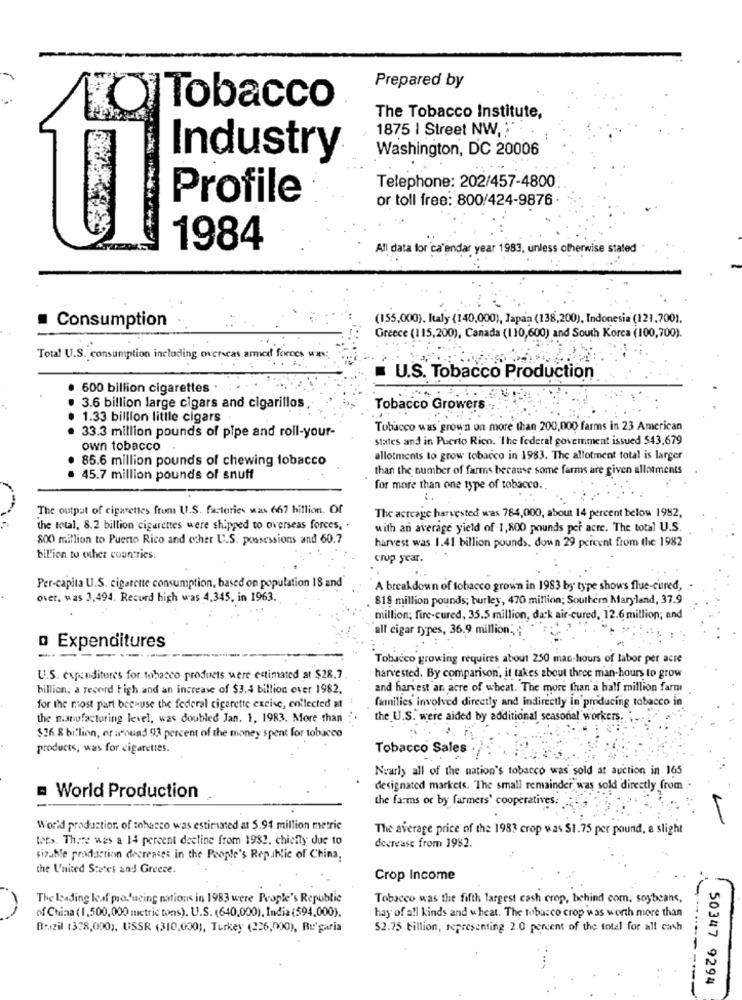
Prepared by
Tobacco
The Tobacco Institute,
1875 | Street NW, : "
Washington, DC 20006
Industry
Telephone: 202/457-4800
Profile
or toll free: 800/424-9876 .
1984
All data for calendar year 1983, unless otherwise stated
Consumption
(155,000), Italy (140,000), Japan (138,200), Indonesia (121,700).
Greece (115,200), Canada (110,600) and South Korea (100,700).
Total U.S. consumption including overcas armed forces was;
U.S. Tobacco Production
600 billion cigarettes .
3.6 billion large cigars and cigarillos
Tobacco Growers
1.33 billion little cigars
Tobacco was grown on more than 200,000 farms in 23 American
. 33.3 million pounds of pipe and roll-your-
states and in Puerto Rico. The federal govemment issued $43,679
own tobacco
85.6 million pounds of chewing tobacco
allotments to grow tobacco in 1983. The allotment total is larger
than the number of farms because some farms are given allotments
. 45.7 million pounds of snuff
for more than one type of tobacco.
..
The output of cigarettes from U.S. factories was 667 billion. Of
The acreage harvested was 784,000, about 14 percent below 1982,
the total, 8.2 billion cigarettes were shipped to overseas forces, .
with an average yield of 1,800 pounds pei acte. The total U.S.
800 million to Puerto Rico and cher U.S. possessions and 60.7
harvest was 1.41 billion pounds. down 29 percent from the 1982
billion to other countries.
crop year.
Per-capita U.S. cigarette consumption, based on population 18 and
A breakdown of tobacco grown in 1983 by type shows flue-cured,
over, was 3,494. Record high was 4,345, in 1963.
818 million pounds; burley, 470 million; Southern Maryland, 37.9
million; fire-cured, 35.5 million, dark air-cured, 12.6 million; and
all cigar types, 36.9 million.
: -
o Expenditures
Tobacco growing requires about 250 man-hours of labor per acre
.
U.S. expenditures for tobacco products were estimated at $28.7
harvested. By comparison, it takes about three man-hours to grow
billion, a record high and an increase of $3.4 billion over 1982.
and harvest an arre of wheat. The more than a half million farmi
families involved directly and indirectly in producing tobacco in
for the most part because the federal cigarette excise, collected at
the manufacturing level, was doubled Jan. 1. 1983. More than
the U.S." were aided by additional seasonal workers. ;.
$26.8 billion, er around 93 percent of the money spent for tobacco
products, was for cigarettes.
Tobacco Sales :
Nearly all of the nation's tobacco was sold at auction in 165
designated markets. "The small remainder was sold directly from -
World Production
the farms or by farmers' cooperatives:
World production of tobacco was estimated at 5.94 million metric
The average price of the 1983 crop was $1.75 per pound, a slight
WES. There was a 14 percent decline from 1982, chiefly due to
decrease from 1982.
sizable production decreases in the People's Republic of China,
the United States and Greece.
Crop Income
The leading leaf pro.'ucing nations in 1983 were People's Republic
Tobacco was the fifth largest cash crop, behind com. soybeans,
of China ( 1,500,000 metric tons). U.S. (640,000), India (594,000).
hay of all kinds and wheat. The tobacco crop was worth more than
Brazil (378,000), USSR (310,000), Turkey (226,000), Ru'garia
$2.75 billion, representing 2.0 percent of the total for all cash
50347 9294